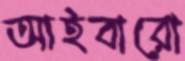
আইবারো